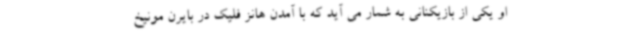
او یکی از بازیکنانی به شمار می آید که با آمدن هانز فلیک در بایرن مونیخ